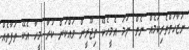
ނަޒާހަތްތެރިކަމެއް ނެތް ނަމަ އެމީހެކޭ ތިޖޫރީން ވައްކަން ކުރާ މީހާ އެކޭ ތަފާތެއް